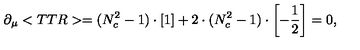
\partial _ { \mu } < T T R > = ( N _ { c } ^ { 2 } - 1 ) \cdot \left[ \mathrm { \vspace { 2 e x } \mathrm { 1 } } \right] + 2 \cdot ( N _ { c } ^ { 2 } - 1 ) \cdot \left[ - \frac { 1 } { 2 } \right] = 0 ,